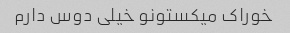
خوراک میکستونو خیلی دوس دارم